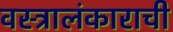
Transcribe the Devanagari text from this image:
वस्त्रालंकाराची